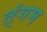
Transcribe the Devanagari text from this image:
त्ंगम